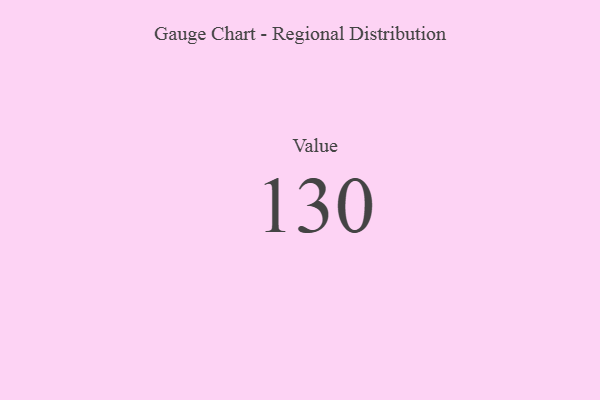
{"axis": {"x": "Metric", "y": "Value"}, "legend": [""], "data": [{"x": "Value", "y": 130, "type": ""}]}